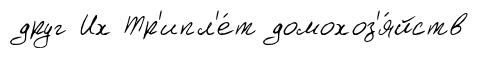
друг Их Тр'ипл'е́т домохоз'я́йств